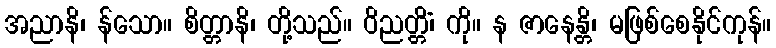
အညာနိ၊ န်သော။ စိတ္တာနိ၊ တို့သည်။ ဝိညတ္တိံ၊ ကို။ န ဇာနေန္တိ၊ မဖြစ်စေနိုင်ကုန်။